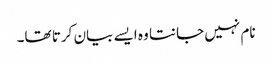
نام نہیں جانتا وہ ایسے بیان کرتا تھا۔